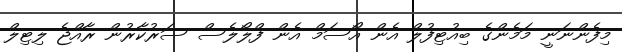
މިފެންނަނީ މަމެންގެ ބިއުޓިފުލް އެން އޯސަމް އެން ފްލޯލެސް ސަރުކާރުން ރާއްޖެ ލިޓިލް